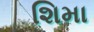
શિમા